Vaccination in the Punjab 1905-1918 - 1905-1918
Year: 1905
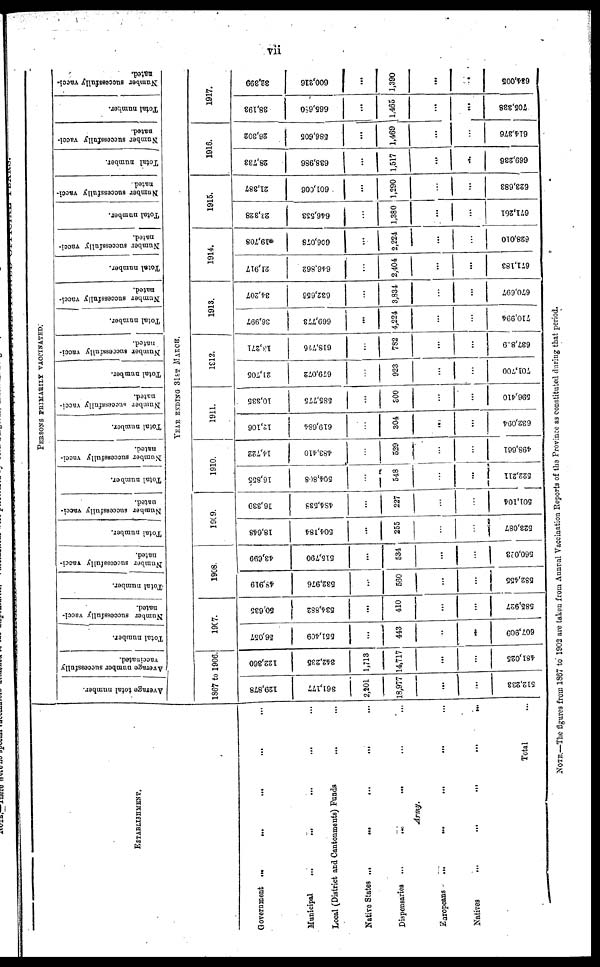
vii
ESTABLISHMENT.
Government
...
...
...
...
...
Municipal
...
...
...
... ...
Local (District and Cantonments) Funds
... ...
Native States ... ... ... ... ...
Army.
Dispensaries ...
...
... ... ...
Europeans
...
...
...
...
...
Natives
...
...
...
...
...
Total ...
PERSONS PRIMARILY VACCINATED.
Average total number.
Average number successfully
vaccinated.
Total number.
Number successfully vacci-
nated.
Total number.
Number successfully vacci-
nated.
Total number.
Number successfully vacci-
nated.
Total number.
Number successfully vacci-
nated.
Total number.
Number successfully vacci-
nated.
Total number.
Number successfully vacci-
nated.
Total number.
Number successfully vacci-
nated.
Total number.
Number successfully vacci-
nated.
Total number.
Number successfully vacci-
nated.
Total number.
Number successfully vacci-
nated.
Total number.
Number successfully vacci¬
nated.
YEAR ENDING 31ST MARCH.
1867 to 1906.
129,878
361,177
2,201
18,977
...
...
512,233
122,360
842,235
1,713
14,717
...
...
481,025
1907.
56,057
551,409
...
443
...
...
607,909
50,635
534,882
...
410
...
...
585,927
1908.
48,919
532,976
...
560
...
...
532,455
43,699
515,790
...
534
...
...
560,023
1909.
18,648
504,184
...
255
...
...
523,087
16,339
484,533
...
227
...
...
501,104
1910.
16,855
504,808
...
548
...
...
522,211
14,722
483,410
...
529
...
...
498,661
1911.
12,106
619,684
...
304
...
...
632,094
10,335
585,775
...
900
...
...
596,410
1912.
21,705
679,072
...
923
...
...
701,700
13,271
618,776
...
782
...
...
637,829
1913.
36,997
669,773
...
4,224
...
...
710,994
34,207
632,656
...
3,834
...
...
670,697
1914.
21,917
646,862
...
2,404
...
...
671,183
*19,708
606,078
...
2,224
...
...
628,010
1915.
23,328
646,553
...
1,380
...
...
671,261
21,387
601,006
...
1,290
...
...
623,683
1916.
28,733
638,986
...
1,517
...
...
669,236
26,302
586,605
...
1,469
...
...
614,376
1917.
38,193
665,680
...
1,465
...
...
705,338
32,399
600,216
...
1,390
...
...
684,005
NOTE.—The figures from 1867 to 1902 are taken from Annual Vaccination Reports of the Province as constituted during that period.